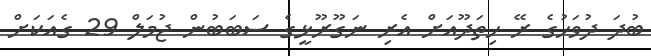
ބުދަ ދުވަހުގެ ރޭ ހިތަދޫއަށް އެރި ނަގޫރޫޅީގެ ސަބަބުން ޖުމަލް 29 ގެއަކަށް